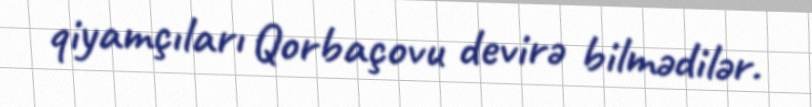
qiyamçıları Qorbaçovu devirə bilmədilər.